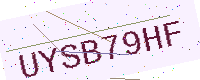
Text: UYSB79HF